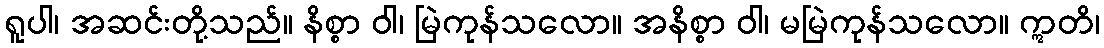
ရူပါ၊ အဆင်းတို့သည်။ နိစ္စာ ဝါ၊ မြဲကုန်သလော။ အနိစ္စာ ဝါ၊ မမြဲကုန်သလော။ ဣတိ၊